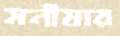
মনীষার